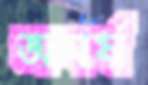
অমর্ষ